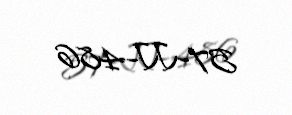
57-JJ-486